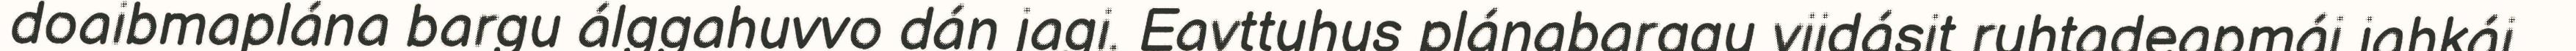
doaibmaplána bargu álggahuvvo dán jagi. Eavttuhus plánabarggu viidásit ruhtadeapmái jahkái